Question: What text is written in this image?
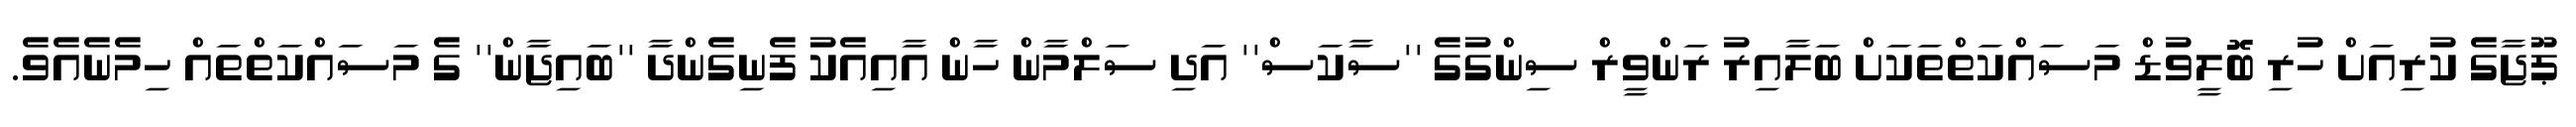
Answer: ޕޫޖާގެ ކުރިއަށް ހުރި ބޮލީވުޑް މަސައްކަތްތަކަށް ބަލާއިރު ރަންވީރް ސިންގުގެ ''ސާކަސް'' އަދި ސަލްމާން ހާން އާއިއެކު ފެނިގެންދާ ''ބައިޖާން'' ގެ މަސައްކަތްތައް ހިމެނެއެވެ.